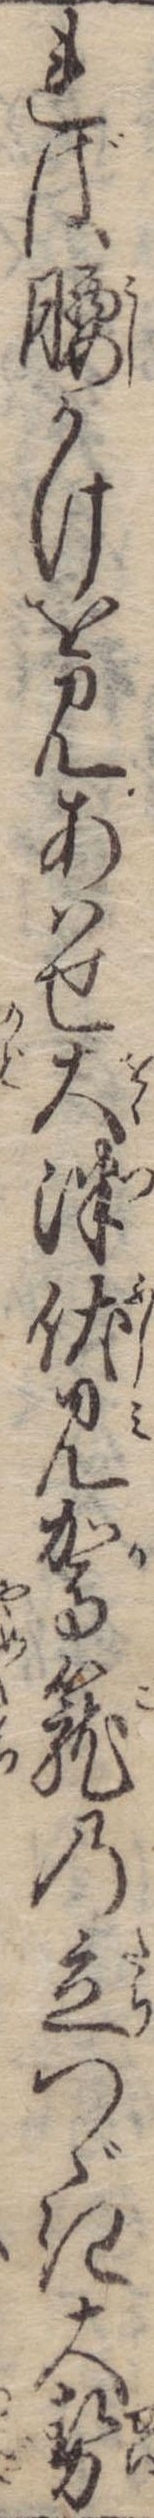
れば腰かけを見あはせ大津伏見駕篭の立つゞき大勢